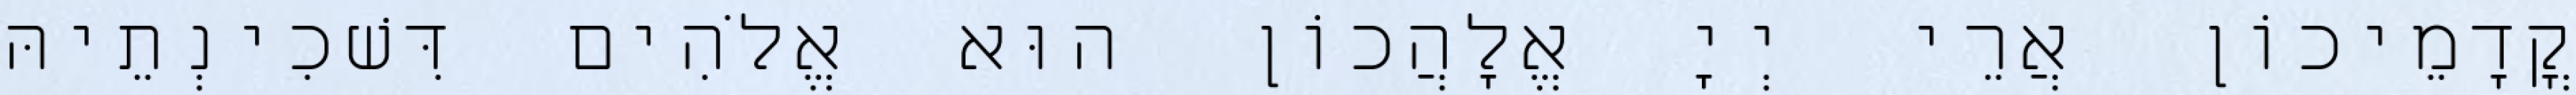
קֳדָמֵיכוֹן אֲרֵי יְיָ אֱלָהֲכוֹן הוּא אֱלֹהִים דִּשׁכִינְתֵיהּ